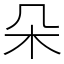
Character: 朵